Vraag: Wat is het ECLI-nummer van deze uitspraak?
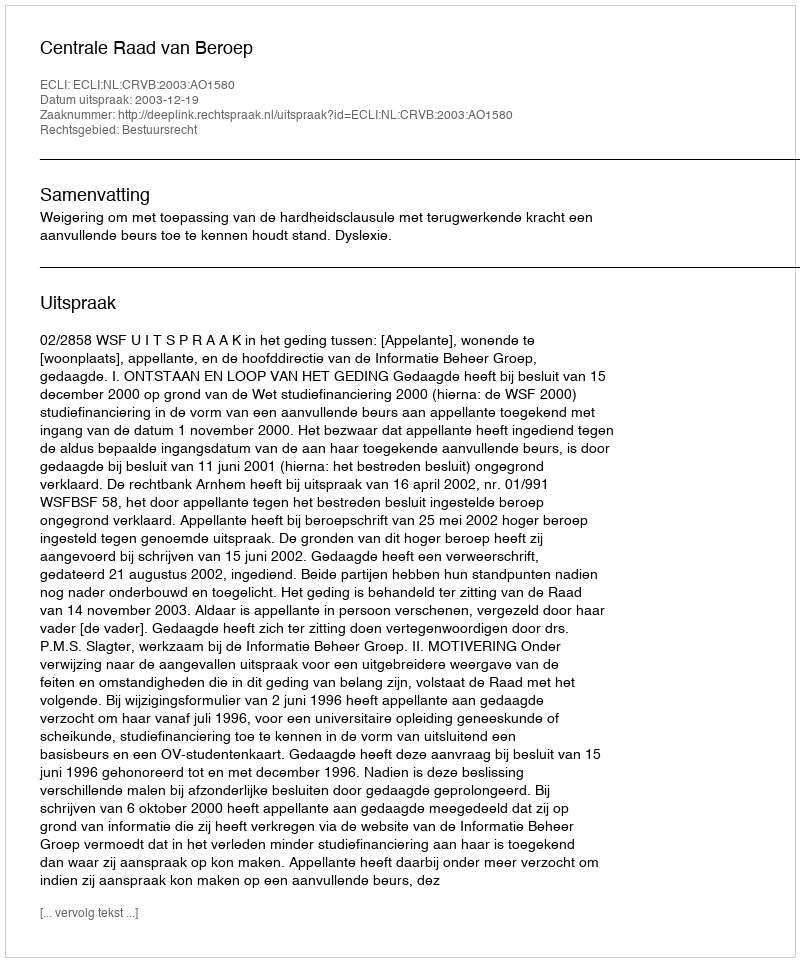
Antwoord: ECLI:NL:CRVB:2003:AO1580